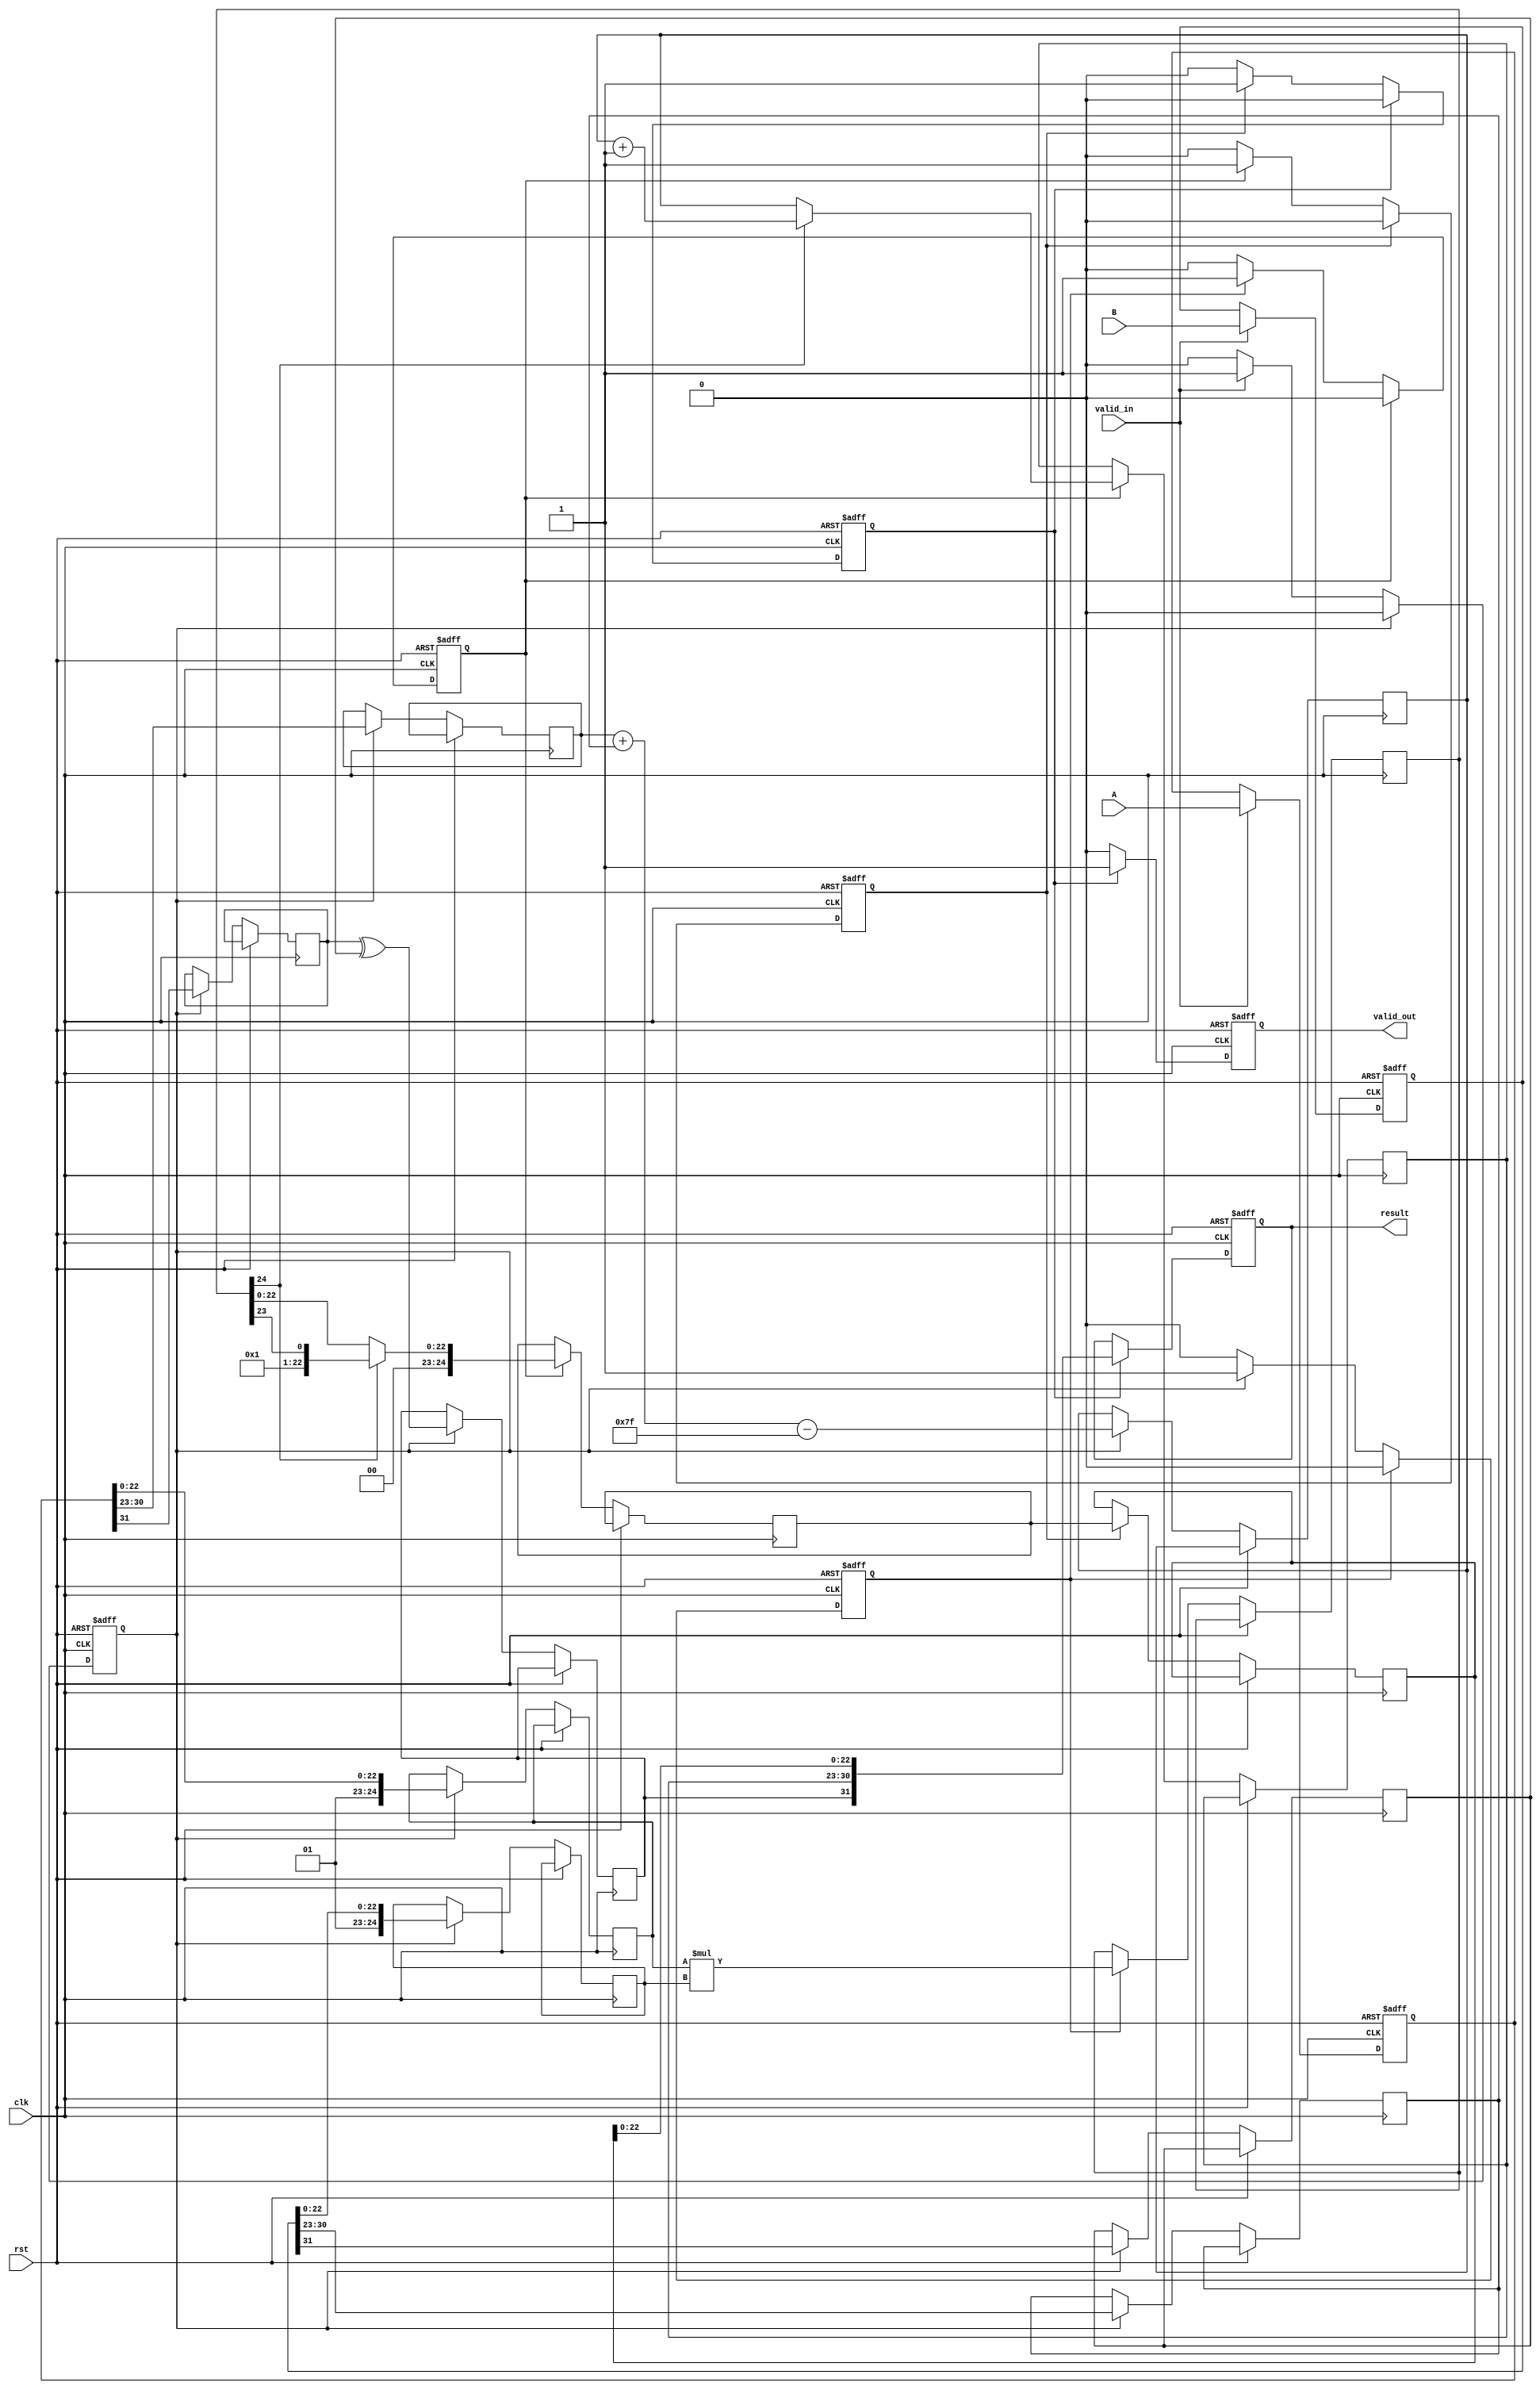
module pipelined_fp_multiplier (
    input clk,
    input rst,
    input [31:0] A, // First floating-point operand
    input [31:0] B, // Second floating-point operand
    input valid_in,  // Input valid signal
    output reg [31:0] result, // Result of multiplication
    output reg valid_out // Output valid signal
);

    // Constants
    localparam BIAS = 127;
    localparam EXPONENT_BITS = 8;
    localparam MANTISSA_BITS = 23;

    // Stage 1: Input Preparation
    reg [31:0] A_reg, B_reg;
    reg valid_stage1;

    // Stage 2: Sign and Exponent Calculation
    reg sign_A, sign_B, sign_result;
    reg [EXPONENT_BITS-1:0] exponent_A, exponent_B, exponent_result;
    reg valid_stage2;

    // Stage 3: Mantissa Multiplication
    reg [MANTISSA_BITS+1:0] mantissa_A, mantissa_B, mantissa_result;
    reg valid_stage3;

    // Stage 4: Normalization
    reg [MANTISSA_BITS+1:0] normalized_mantissa;
    reg [EXPONENT_BITS-1:0] normalized_exponent;
    reg valid_stage4;

    // Stage 5: Rounding
    reg [MANTISSA_BITS+1:0] rounded_mantissa;
    reg valid_stage5;

    // Stage 6: Output Preparation
    always @(posedge clk or posedge rst) begin
        if (rst) begin
            A_reg <= 32'b0;
            B_reg <= 32'b0;
            valid_stage1 <= 1'b0;
            valid_stage2 <= 1'b0;
            valid_stage3 <= 1'b0;
            valid_stage4 <= 1'b0;
            valid_stage5 <= 1'b0;
            result <= 32'b0;
            valid_out <= 1'b0;
        end else begin
            // Stage 1: Input Preparation
            if (valid_in) begin
                A_reg <= A;
                B_reg <= B;
                valid_stage1 <= 1'b1;
            end

            // Stage 2: Sign and Exponent Calculation
            if (valid_stage1) begin
                sign_A <= A_reg[31];
                sign_B <= B_reg[31];
                exponent_A <= A_reg[30:23];
                exponent_B <= B_reg[30:23];
                mantissa_A <= {1'b1, A_reg[22:0]}; // Implicit leading 1
                mantissa_B <= {1'b1, B_reg[22:0]}; // Implicit leading 1
                sign_result <= sign_A ^ sign_B;
                exponent_result <= exponent_A + exponent_B - BIAS;
                valid_stage2 <= 1'b1;
                valid_stage1 <= 1'b0; // Clear stage 1
            end

            // Stage 3: Mantissa Multiplication
            if (valid_stage2) begin
                mantissa_result <= mantissa_A * mantissa_B;
                valid_stage3 <= 1'b1;
                valid_stage2 <= 1'b0; // Clear stage 2
            end

            // Stage 4: Normalization
            if (valid_stage3) begin
                if (mantissa_result[MANTISSA_BITS+1] == 1'b1) begin
                    normalized_mantissa <= mantissa_result[MANTISSA_BITS+1:MANTISSA_BITS];
                    normalized_exponent <= exponent_result + 1;
                end else begin
                    normalized_mantissa <= mantissa_result[MANTISSA_BITS-1:0];
                    normalized_exponent <= exponent_result;
                end
                valid_stage4 <= 1'b1;
                valid_stage3 <= 1'b0; // Clear stage 3
            end

            // Stage 5: Rounding
            if (valid_stage4) begin
                // Rounding logic (to nearest even)
                // This is a simplified rounding; actual implementation may vary
                rounded_mantissa <= normalized_mantissa; // Placeholder for rounding logic
                valid_stage5 <= 1'b1;
                valid_stage4 <= 1'b0; // Clear stage 4
            end

            // Stage 6: Output Preparation
            if (valid_stage5) begin
                result <= {sign_result, normalized_exponent, rounded_mantissa[MANTISSA_BITS-1:0]};
                valid_out <= 1'b1;
                valid_stage5 <= 1'b0; // Clear stage 5
            end else begin
                valid_out <= 1'b0; // Reset output valid if not in stage 6
            end
        end
    end
endmodule